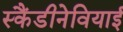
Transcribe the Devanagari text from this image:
स्कैंडीनेवियाई